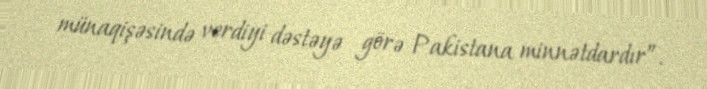
münaqişəsində verdiyi dəstəyə görə Pakistana minnətdardır”.